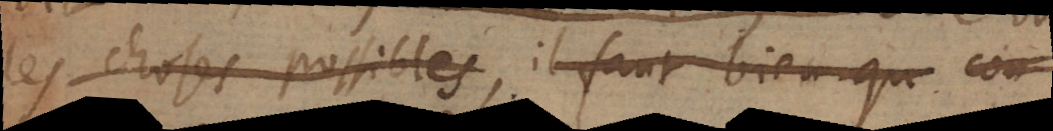
les choses possibles, il faut bien qu